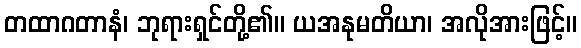
တထာဂတာနံ၊ ဘုရားရှင်တို့၏။ ယအနုမတိယာ၊ အလိုအားဖြင့်။